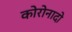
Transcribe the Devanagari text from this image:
कोरोनादो